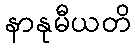
နာနုမီယတိ